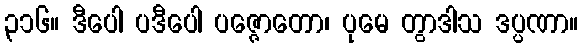
၃၁၆။ ဒီပေါ ပဒီပေါ ပဇ္ဇောတော၊ ပုမေ တွာဒါသ ဒပ္ပဏာ။